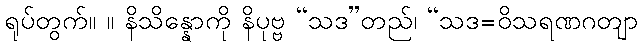
ရုပ်တွက်။ ။ နိသိန္နောကို နိပုဗ္ဗ “သဒ”တည်၊ “သဒ=ဝိသရဏဂတျာ